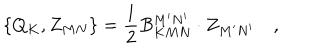
\left\{ Q _ { K } , Z _ { M N } \right\} = \frac 1 2 B _ { K M N } ^ { M ^ { \prime } N ^ { \prime } } \cdot Z _ { M ^ { \prime } N ^ { \prime } } \quad ,